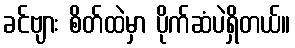
ခင်ဗျား စိတ်ထဲမှာ ပိုက်ဆံပဲရှိတယ်။